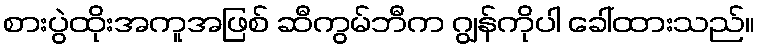
စားပွဲထိုးအကူအဖြစ် ဆီကွမ်ဘီက ဂျွန်ကိုပါ ခေါ်ထားသည်။